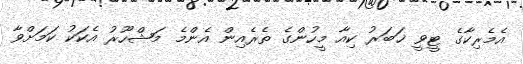
އެމެރިކާގެ ޓީވީ ޚަބަރު ކިއާ މީހުންގެ ތެރެއިން އެންމެ މަޝްހޫރު އެކަކު ކަމަށްވާ